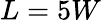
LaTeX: L=5W